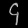
Digit: ၄